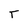
Character: T